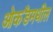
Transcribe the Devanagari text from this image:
ओकॅंडमधील